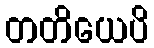
တတိယေပိ